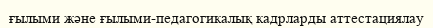
ғылыми және ғылыми-педагогикалық кадрларды аттестациялау